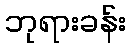
ဘုရားခန်း